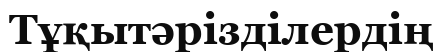
Тұқытәрізділердің